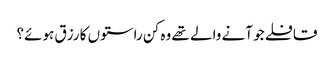
قافلے جو آنے والے تھے وہ کن راستوں کا رزق ہوئے؟